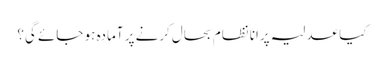
کیا عدلیہ پرانا نظام بحال کرنے پر آمادہ ہو جائے گی؟